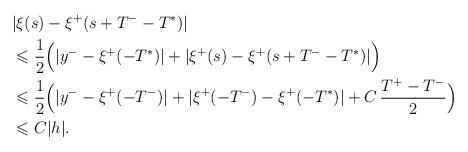
LaTeX: \begin{align*}&\,|\xi(s)-\xi^+(s+T^--T^*)|\\&\,\leqslant\dfrac{1}{2}\Big(|y^--\xi^+(-T^*)|+|\xi^+(s)-\xi^+(s+T^--T^*)|\Big)\\&\,\leqslant\dfrac{1}{2}\Big(|y^--\xi^+(-T^-)|+|\xi^+(-T^-)-\xi^+(-T^*)|+C\,\dfrac{T^+-T^-}{2}\Big)\\&\,\leqslant C|h|.\end{align*}